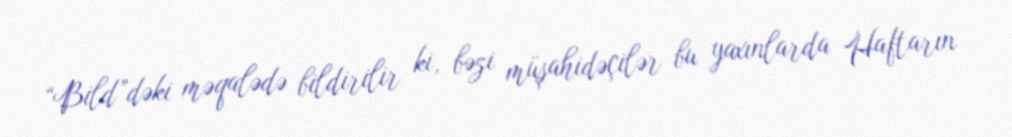
“Bild”dəki məqalədə bildirilir ki, bəzi müşahidəçilər bu yaxınlarda Haftarın